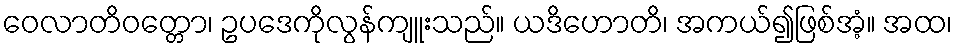
ဝေလာတိဝတ္တော၊ ဥပဒေကိုလွန်ကျူးသည်။ ယဒိဟောတိ၊ အကယ်၍ဖြစ်အံ့။ အထ၊